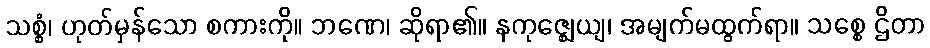
သစ္စံ၊ ဟုတ်မှန်သော စကားကို။ ဘဏေ၊ ဆိုရာ၏။ နကုဇ္ဈေယျ၊ အမျက်မထွက်ရာ။ သစ္စေ ဌိတာ